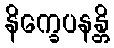
နိက္ခေပနန္တိ